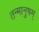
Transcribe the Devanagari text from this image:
तन्मानुषम्